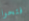
فتحوا